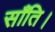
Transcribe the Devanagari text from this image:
साँति।